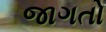
જાગતો